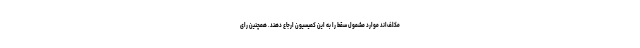
مکلف‌اند موارد مشمول سقط را به این کمیسیون ارجاع دهند. همچنین رای